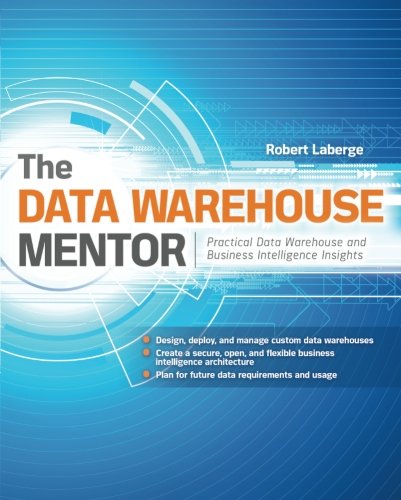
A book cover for The Data Warehouse Mentor: Practical Data Warehouse and Business Intelligence Insights; Robert Laberge; Computers & Technology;